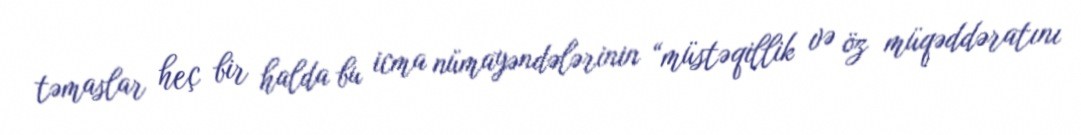
təmaslar heç bir halda bu icma nümayəndələrinin “müstəqillik və öz müqəddəratını